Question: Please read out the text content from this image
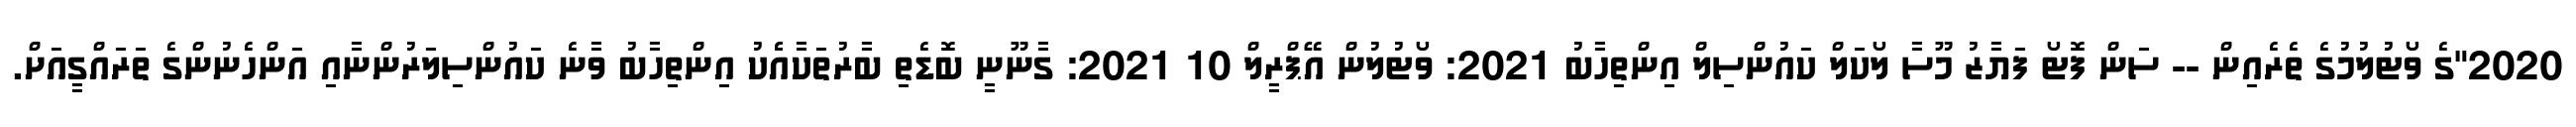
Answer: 2020"ގެ ވޯޓުލުމުގެ ތެރެއިން -- ސަން ފޮޓޯ ފަޔާޒު މޫސާ ލޯކަލް ކައުންސިލް އިންތިހާބު 2021: ވޯޓުލުން އޭޕްރީލް 10 2021: ގާނޫނީ ބޮޑެތި ބާރުތަކާއެެކު އިންތިހާބު ވާނެ ކައުންސިލަރުންނާއި އަންހެނުންގެ ތަރައްގީއަށް.